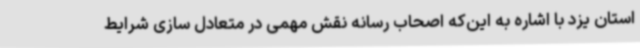
استان یزد با اشاره به این‌که اصحاب رسانه نقش مهمی در متعادل سازی شرایط